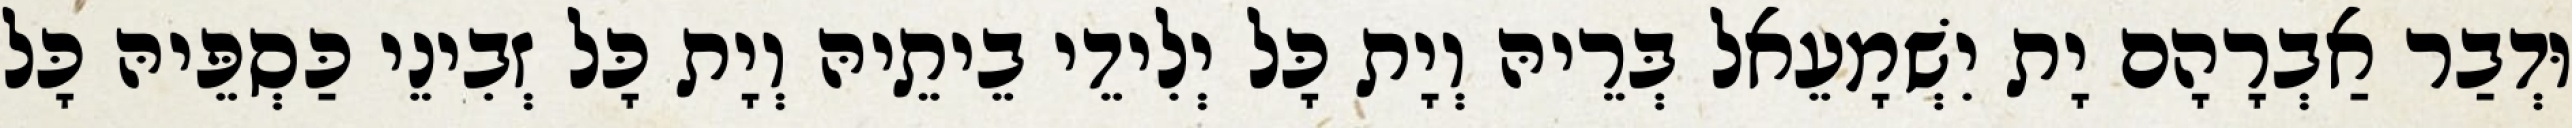
וּדְבַר אַבְרָהָם יָת יִשְׁמָעֵאל בְּרֵיהּ וְיָת כָּל יְלִידֵי בֵיתֵיהּ וְיָת כָּל זְבִינֵי כַּסְפֵּיהּ כָּל